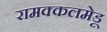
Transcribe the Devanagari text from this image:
रामक्कलमेडू